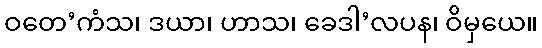
ဝတေ’ကံသ၊ ဒယာ၊ ဟာသ၊ ခေဒါ’လပန၊ ဝိမှယေ။